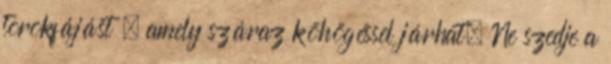
torokfájást , amely száraz köhögéssel járhat. Ne szedje a